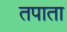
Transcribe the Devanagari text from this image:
तपाता